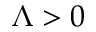
\Lambda > 0